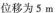
位移为 5 m